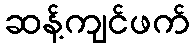
ဆန့်ကျင်ဖက်